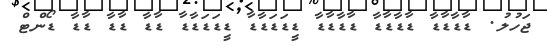
ޖަހުލު. ޑާޑާޑާޑާ ޑާޑާޑާޑާ ޑާޑާޑާޑާ ޑީޑަޑަޑާޑާ ޑީޑަޑަޑާޑާ ޑާޑާ ޑާޑާ ޑާޑާ ޑޯންޓް